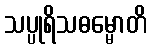
သပ္ပုရိသဓမ္မောတိ